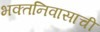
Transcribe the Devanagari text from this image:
भक्तनिवासाची